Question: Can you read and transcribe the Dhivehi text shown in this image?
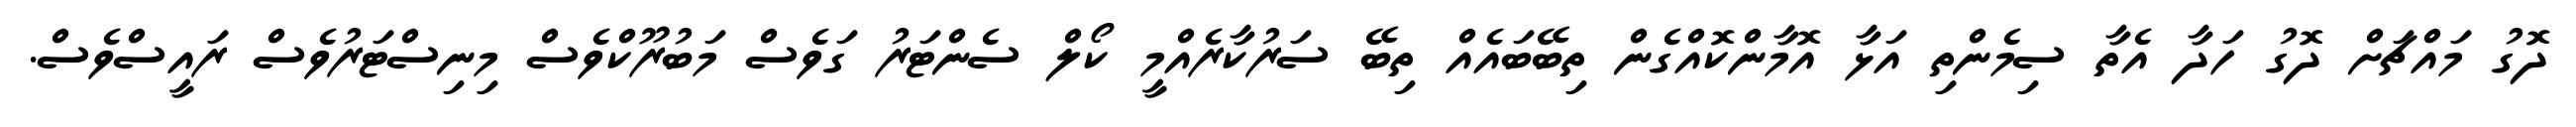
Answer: ދޮގު މައްޗަށް ދޮގު ހަދާ އެތާ ސިމެންތި އަޅާ އޮމާންކޮއްގެން ތިބޭބައެއް ތިބޭ ސަރުކާރެއްމީ ކޯލް ސެންޓަރު ގަވެސް މަބުރޫކްވެސް މިނިސްޓަރުވެސް ރައީސްވެސް.